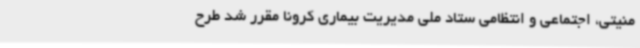
منیتی، اجتماعی و انتظامی ستاد ملی مدیریت بیماری کرونا مقرر شد طرح